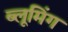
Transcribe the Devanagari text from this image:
ब्लूमिंग